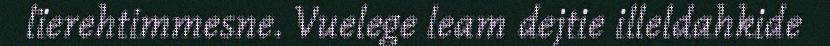
lïerehtimmesne. Vuelege leam dejtie illeldahkide